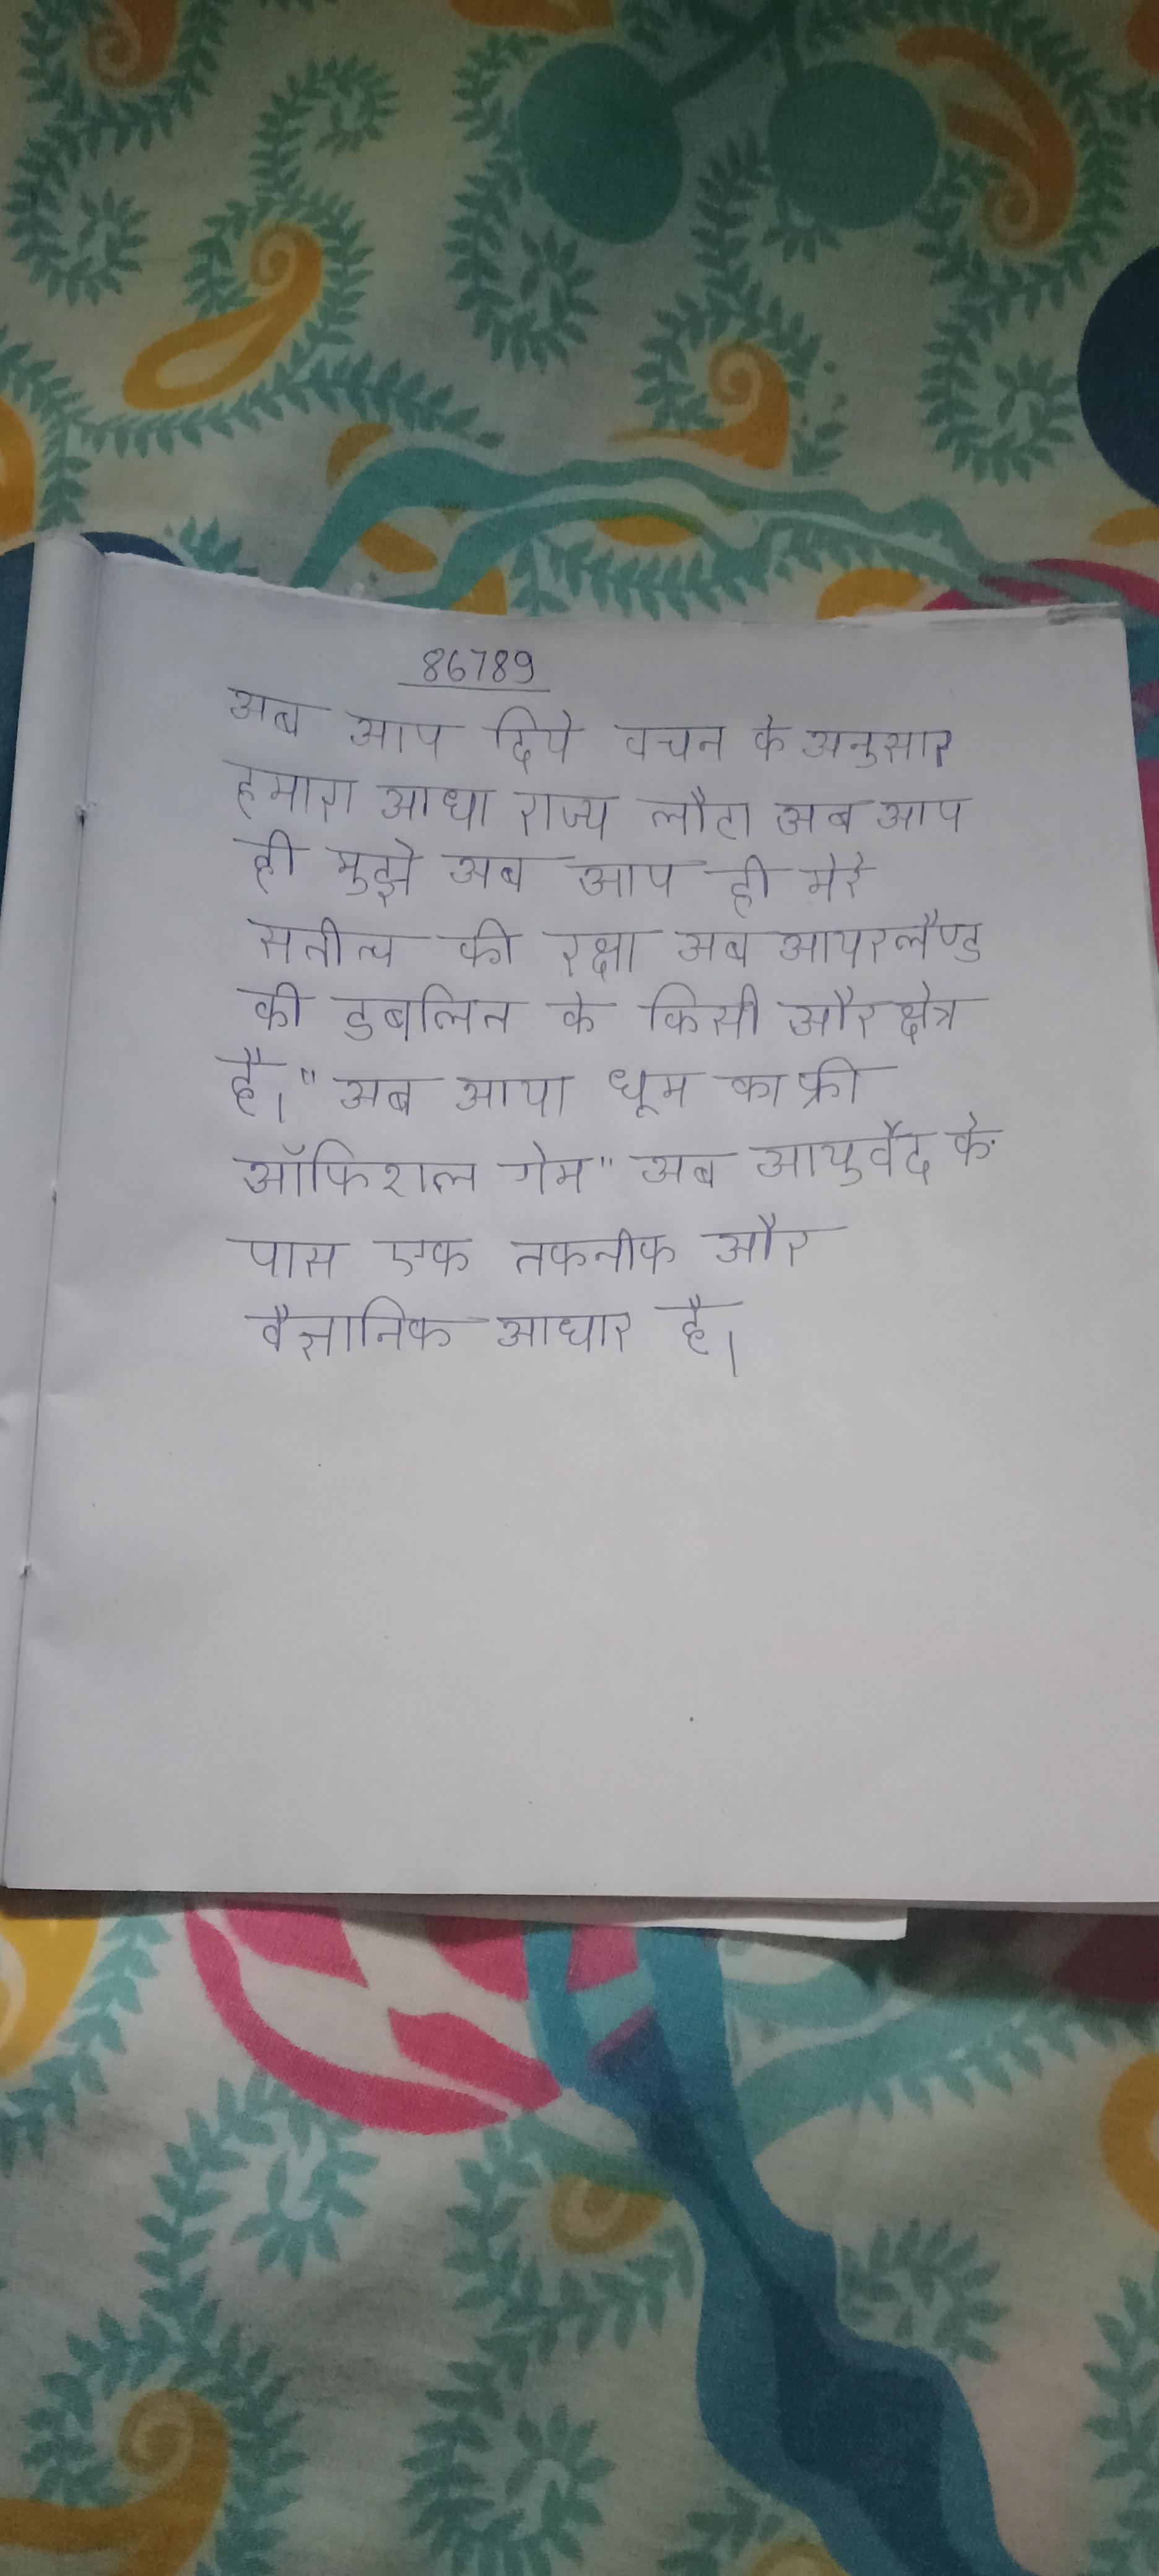
अब आप दिये वचन के अनुसार हमारा आधा राज्य लौटा अब आप ही मुझे अब आप ही मेरे सतीत्व की रक्षा अब आयरलैण्ड की डबलिन के किसी और क्षेत्र है । "अब आया धूम का फ्री ऑफिशल गेम" अब आयुर्वेद के पास एक तकनीक और वैज्ञानिक आधार है ।